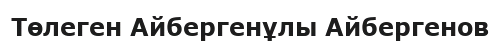
Төлеген Айбергенұлы Айбергенов